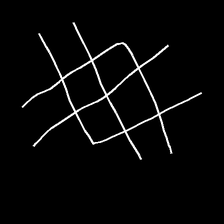
Glyph: crystal